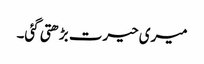
میری حیرت بڑھتی گئی۔